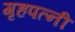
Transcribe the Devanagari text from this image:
गृहपत्नी